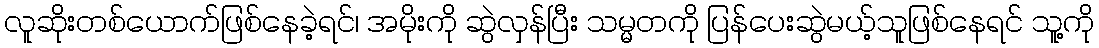
လူဆိုးတစ်ယောက်ဖြစ်နေခဲ့ရင်၊ အမိုးကို ဆွဲလှန်ပြီး သမ္မတကို ပြန်ပေးဆွဲမယ့်သူဖြစ်နေရင် သူ့ကို